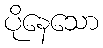
ပိုနေသော